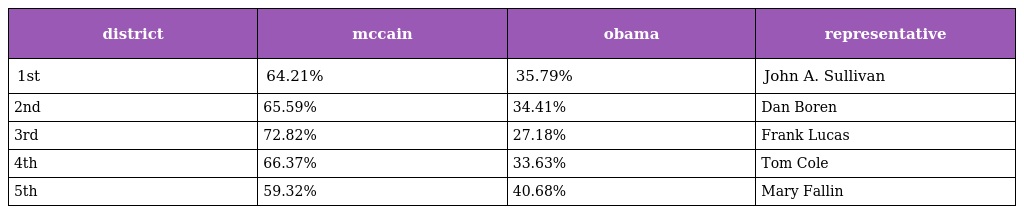
| district | mccain | obama | representative |
 | --- | --- | --- | --- |
 | 1st | 64.21% | 35.79% | John A. Sullivan |
 | 2nd | 65.59% | 34.41% | Dan Boren |
 | 3rd | 72.82% | 27.18% | Frank Lucas |
 | 4th | 66.37% | 33.63% | Tom Cole |
 | 5th | 59.32% | 40.68% | Mary Fallin |